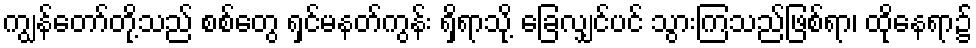
ကျွန်တော်တို့သည် စစ်တွေ ရှင်မနတ်ကွန်း ရှိရာသို့ ခြေလျှင်ပင် သွားကြသည်ဖြစ်ရာ၊ ထိုနေရာ၌